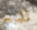
للمخ